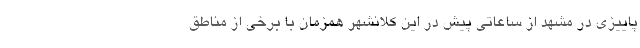
پاییزی در مشهد از ساعاتی پیش در این کلانشهر همزمان با برخی از مناطق